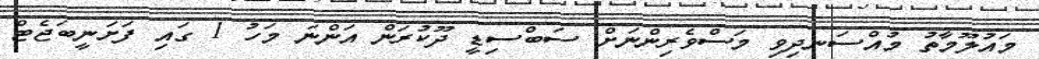
މައުލޫމާތު މުއްސަނދިވި މަސްވެރިންނަށް ސަބްސިޑީ ދޫކުރަން އަންނަ މަހު 1 ގައި ފަށަނީބަޖެޓް